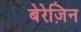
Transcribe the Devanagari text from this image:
बेरेज़िन